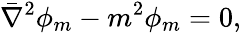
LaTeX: \bar{\nabla}^{2}\phi_{m}-m^{2}\phi_{m}=0,